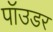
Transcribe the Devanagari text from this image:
पॉउडर